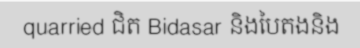
quarried ជិត Bidasar និងបៃតងនិង